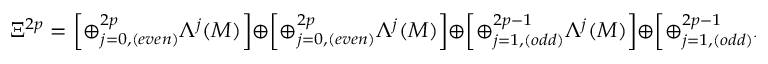
\Xi ^ { 2 p } = \left[ \oplus _ { j = 0 , ( e v e n ) } ^ { 2 p } \Lambda ^ { j } ( M ) \right] \oplus \left[ \oplus _ { j = 0 , ( e v e n ) } ^ { 2 p } \Lambda ^ { j } ( M ) \right] \oplus \left[ \oplus _ { j = 1 , ( o d d ) } ^ { 2 p - 1 } \Lambda ^ { j } ( M ) \right] \oplus \left[ \oplus _ { j = 1 , ( o d d ) } ^ { 2 p - 1 } \Lambda ^ { j } ( M ) \right]